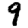
Digit: 9